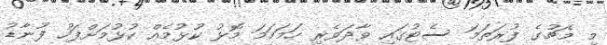
މި މެޗުގެ ފުރަތަމަ ސެޓުގައި ވާދަވެރި ހަމަހަމަ މޮޅު ކުޅުމެއް ކުޅުމަށްފަހު ފުނާޑު